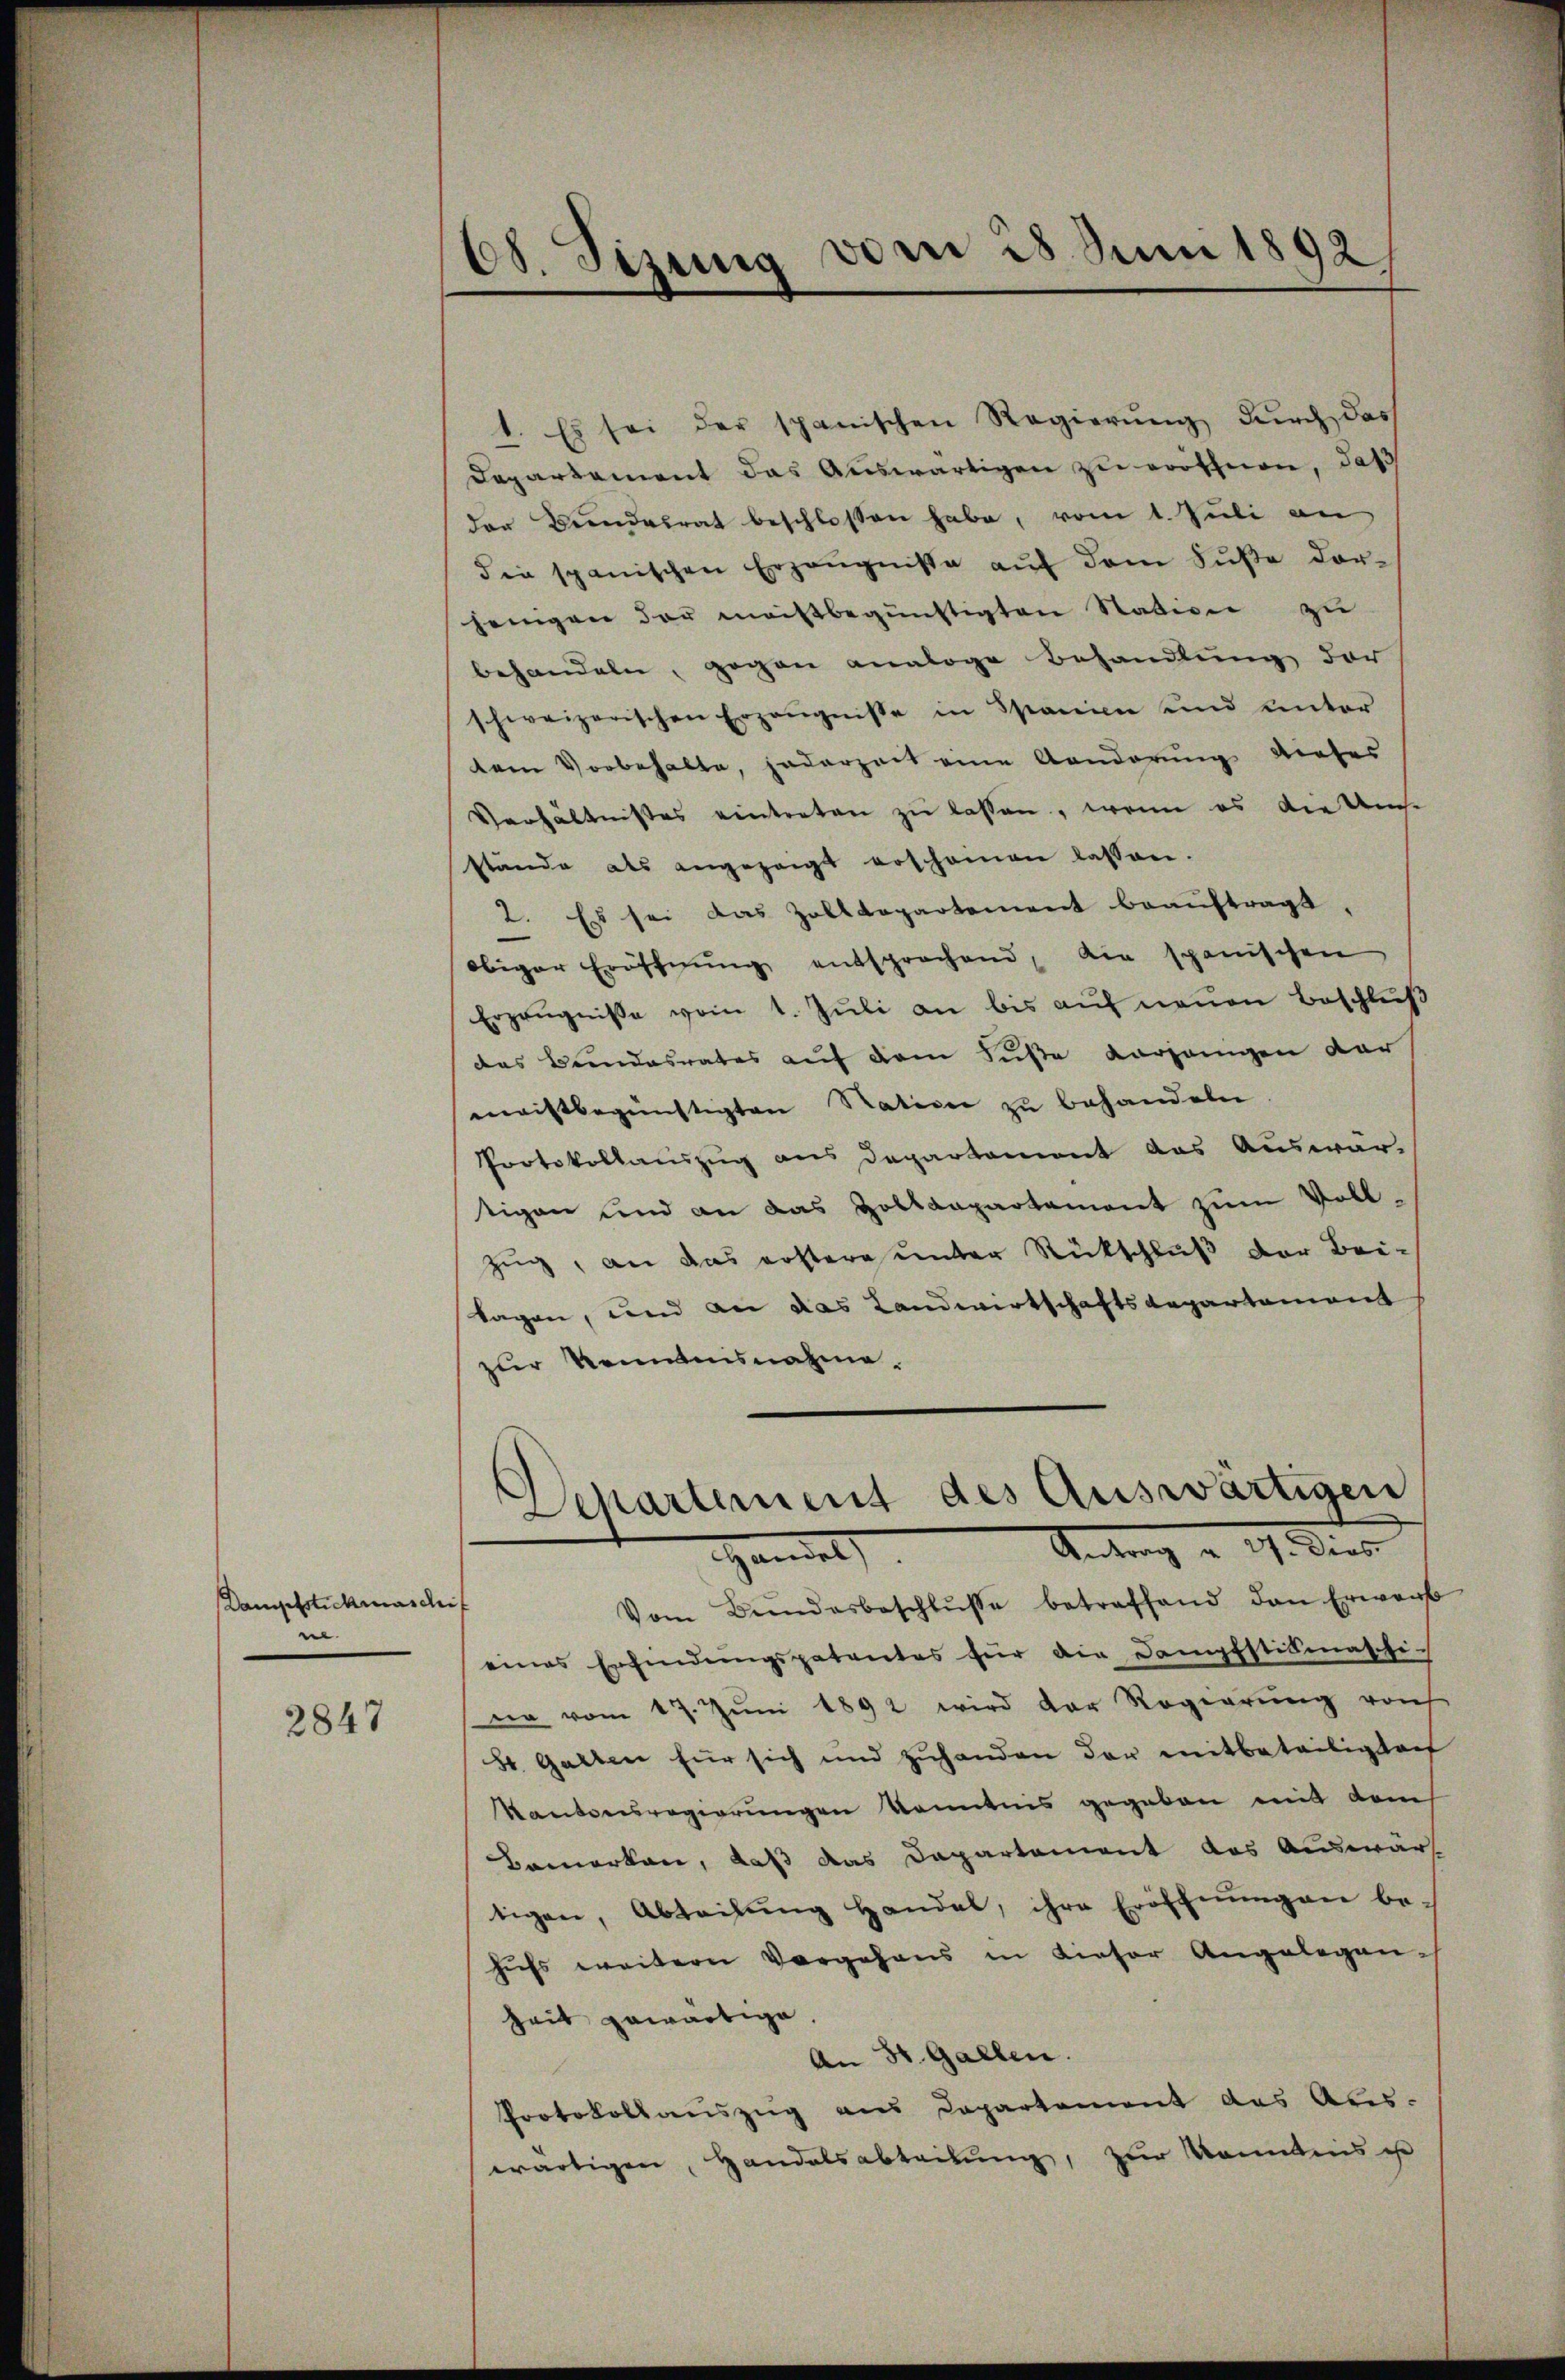
Dampfstichmaschif
.

2847

68. Sizung von 18 Juni 1892

1. Es sei der spanischen Regierung durch das
Departament das Aŭswärtigen zŭ eröffnen, daß
der Bŭndesrat beschlossen habe, vom 1. Jŭli an
die spanischen Erzeŭgnisse auf dem Fuße dor-
jenigen der meistbegünstigten Station zu
behandeln, gegen analoge Behandlung der
schweizerischen Erzeŭgnisse in Spanien und unter
tem Vorbehalte, jederzeit eine Aenderung dieser
Verhältnisses eintreten zu lassen, wenn es die Ums
stände als angezeigt erscheinen lassen.
2. Es sei das Zolldepartement beauftragt
obiger Eröffnŭng entsprochend, die spanischen
Erzeugnisse vom 1. Juli an bis auf neuen Beschluß
das Bundesrates auf dem Fuße vorgängen dar
maistbegünstigten Ration zu behandeln
Protokollauszug aus Departement das Auswar-
tigen und an das Hollanpartament zŭm Vollzug, an das erstere unter Rückschluß der Bei-
lagen, und an das Landwirtschaftsdepartement
zur Kenntnisnahme.
Vom Bŭndesbeschlŭsse betreffend den Erwarb
eines Erfindŭngspatentes für die Dampfstidmaschi-
no vom 17. Jŭni 1892 wird der Regierŭng vorh
b. Garten für sich und zŭhanden der mitbeteiligten
Kantonsregierungen kanntnis gegeben mit dem
Bemerken, daß das Departement des Auswärt
tigen, Abteilŭng handel, ihre Eröffnŭngen be-
hiess weiterer Vorgehens in Kieser Angelegen.
Zeit gewärtige.
An St. Gallen.
Protokollauszug aus Departement das Aus-
wärtigen, Handelsabteilung, zur Kenntnis i

Departement des Auswärtigen
Antrag a. a. dies